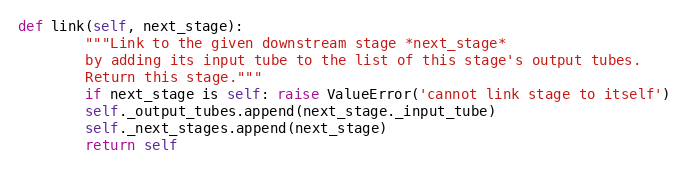
Language: Python
def link(self, next_stage):
        """Link to the given downstream stage *next_stage*
        by adding its input tube to the list of this stage's output tubes.
        Return this stage."""
        if next_stage is self: raise ValueError('cannot link stage to itself')
        self._output_tubes.append(next_stage._input_tube)
        self._next_stages.append(next_stage)
        return self